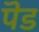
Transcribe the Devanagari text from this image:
पॆड